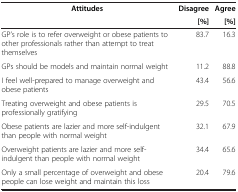
<table><thead><tr><td><b>Attitudes</b></td><td><b>Disagree</b></td><td><b>Agree</b></td></tr><tr><td><b> </b></td><td><b>[%]</b></td><td><b>[%]</b></td></tr></thead><tbody><tr><td>GP’s role is to refer overweight or obese patients to other professionals rather than attempt to treat themselves</td><td>83.7</td><td>16.3</td></tr><tr><td>GPs should be models and maintain normal weight</td><td>11.2</td><td>88.8</td></tr><tr><td>I feel well-prepared to manage overweight and obese patients</td><td>43.4</td><td>56.6</td></tr><tr><td>Treating overweight and obese patients is professionally gratifying</td><td>29.5</td><td>70.5</td></tr><tr><td>Obese patients are lazier and more self-indulgent than people with normal weight</td><td>32.1</td><td>67.9</td></tr><tr><td>Overweight patients are lazier and more self-indulgent than people with normal weight</td><td>34.4</td><td>65.6</td></tr><tr><td>Only a small percentage of overweight and obese people can lose weight and maintain this loss</td><td>20.4</td><td>79.6</td></tr></tbody></table>